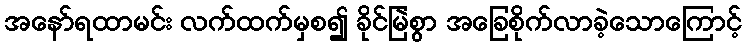
အနော်ရထာမင်း လက်ထက်မှစ၍ ခိုင်မြဲစွာ အခြေစိုက်လာခဲ့သောကြောင့်